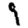
Digit: 9